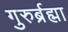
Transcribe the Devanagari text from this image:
गुरुर्ब्रह्मा